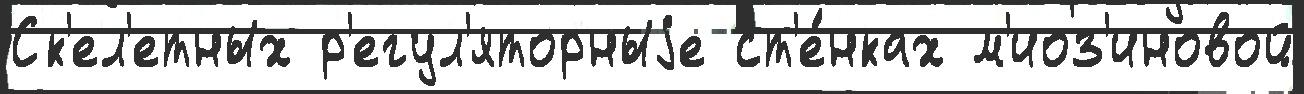
Ск'ел'етных р'егул'яторныjе ст'е́нках м'иоз'иновой